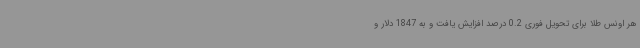
هر اونس طلا برای تحویل فوری 0.2 درصد افزایش یافت و به 1847 دلار و